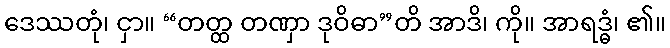
ဒေဿတုံ၊ ငှာ။ “တတ္ထ တဏှာ ဒုဝိဓာ”တိ အာဒိ၊ ကို။ အာရဒ္ဓံ၊ ၏။